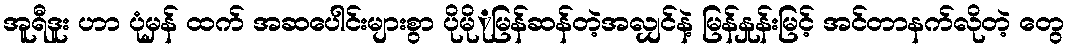
အူရီဒူး ဟာ ပုံမှန် ထက် အဆပေါင်းများစွာ ပိုမိုုမြန်ဆန်တဲ့အလျှင်နဲ့ မြန်နှုန်းမြင့် အင်တာနက်လိုတဲ့ တွေ